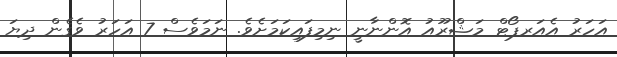
އަހަރު އެއަރޕޯޓް މަޝްރޫއު އޮންނާނީ ނިމިފައިކަމަށެވެ. ނަމަވެސް 7 އަހަރު ވެގެން ދިޔަ